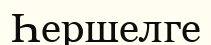
Һершелге